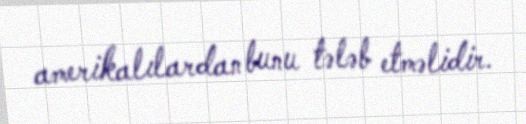
amerikalılardan bunu tələb etməlidir.